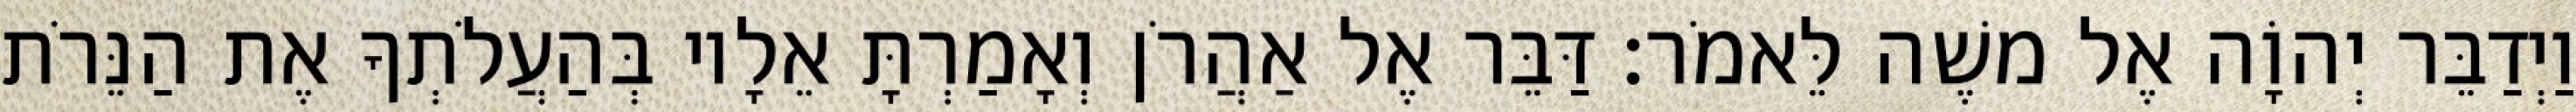
וַיְדַבֵּר יְהוָֹה אֶל משֶׁה לֵּאמֹר׃ דַּבֵּר אֶל אַהֲרֹן וְאָמַרְתָּ אֵלָיו בְּהַעֲלֹתְךָ אֶת הַנֵּרֹת